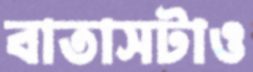
বাতাসটাও